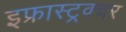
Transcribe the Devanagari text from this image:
इफ्रास्ट्रक्चर